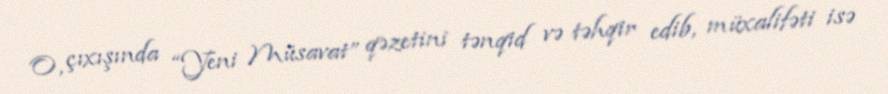
O, çıxışında “Yeni Müsavat” qəzetini tənqid və təhqir edib, müxalifəti isə